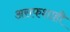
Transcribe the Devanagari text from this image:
असफशाही